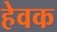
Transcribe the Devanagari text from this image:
हेवक